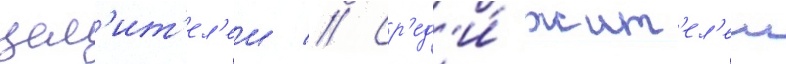
цел'ит'ел'еи // Ср'ед'и́ жит'ел'еи